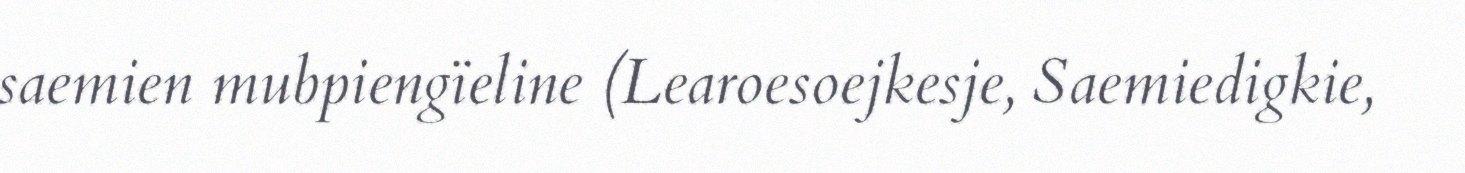
saemien mubpiengïeline (Learoesoejkesje, Saemiedigkie,